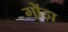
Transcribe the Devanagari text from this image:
गोंड़ा